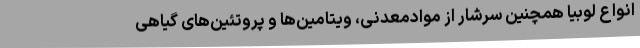
انواع لوبیا همچنین سرشار از موادمعدنی، ویتامین‌ها و پروتئین‌های گیاهی